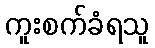
ကူးစက်ခံရသူ